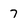
Character: 7